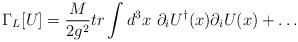
LaTeX: \begin{align*}\Gamma_L[U]={M \over 2g^2} tr \int d^{3}x ~ \partial_iU^\dagger(x)\partial_iU(x)+ \ldots\end{align*}